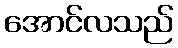
အောင်လသည်